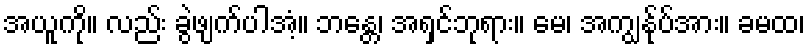
အယူကို။ လည်း ခွဲဖျက်ပါအံ့။ ဘန္တေ၊ အရှင်ဘုရား။ မေ၊ အကျွန်ုပ်အား။ ခမထ၊